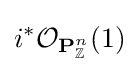
i^{*}{\mathcal {O}}_{\mathbf {P} _{\mathbb {Z} }^{n}}(1)